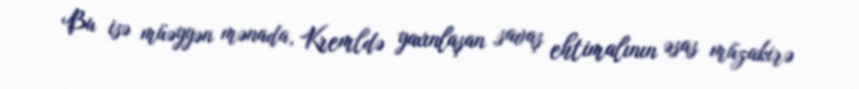
Bu isə müəyyən mənada, Kremldə yaxınlaşan savaş ehtimalının əsas müzakirə